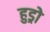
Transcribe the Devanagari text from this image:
हुड्रो